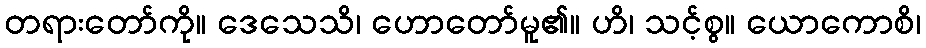
တရားတော်ကို။ ဒေသေသိ၊ ဟောတော်မူ၏။ ဟိ၊ သင့်စွ။ ယောကောစိ၊